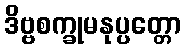
ဒိဗ္ဗစက္ခုမနုပ္ပတ္တော